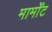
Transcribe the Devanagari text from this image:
मार्मोंट